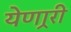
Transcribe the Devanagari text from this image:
येणार्‍री